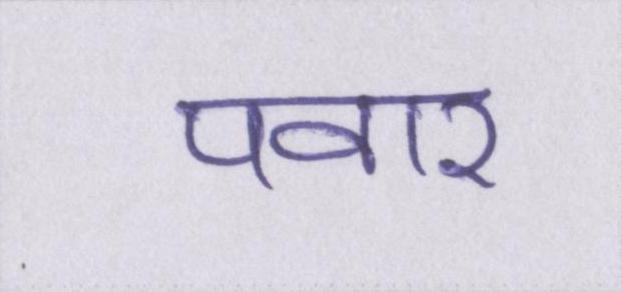
पवार